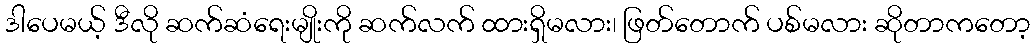
ဒါပေမယ့် ဒီလို ဆက်ဆံရေးမျိုးကို ဆက်လက် ထားရှိမလား၊ ဖြတ်တောက် ပစ်မလား ဆိုတာကတော့